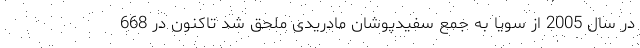
در سال 2005 از سویا به جمع سفیدپوشان مادریدی ملحق شد تاکنون در 668